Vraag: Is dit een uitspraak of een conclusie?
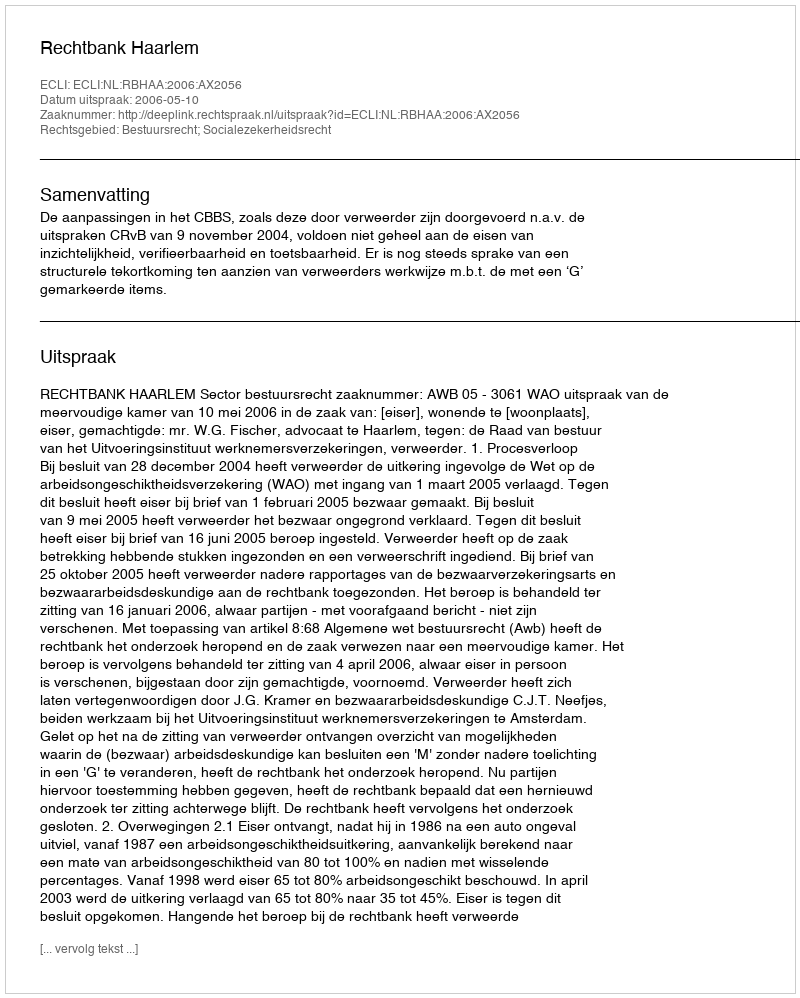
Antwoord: Uitspraak